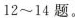
12~14题。